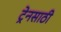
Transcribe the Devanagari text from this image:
ट्रेनसाठी